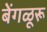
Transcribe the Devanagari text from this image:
बेंगळूरू